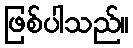
ဖြစ်ပါသည်။